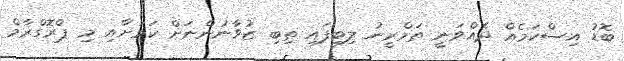
ބޮޑު އިސްކަމެއް ދެއްވަނީ ތަމްރީނު ލިބިފައި ތިބި ޒުވާނުންނަށް ކަމަށާއި މި ޕްރޮގްރާމް